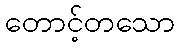
တောင့်တသော